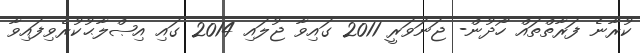
ކުރާނެ ފަރާތްތައް ހޯދުން- ޖަނަވަރީ 2011 ގައިވާ ޖުލައި 2014 ގައި އިޞްލާޙުކުރެވިފައިވާ